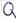
Text: Q